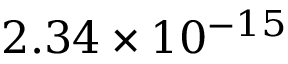
2 . 3 4 \times 1 0 ^ { - 1 5 }